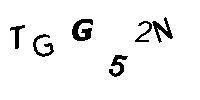
TGG52N